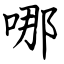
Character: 哪